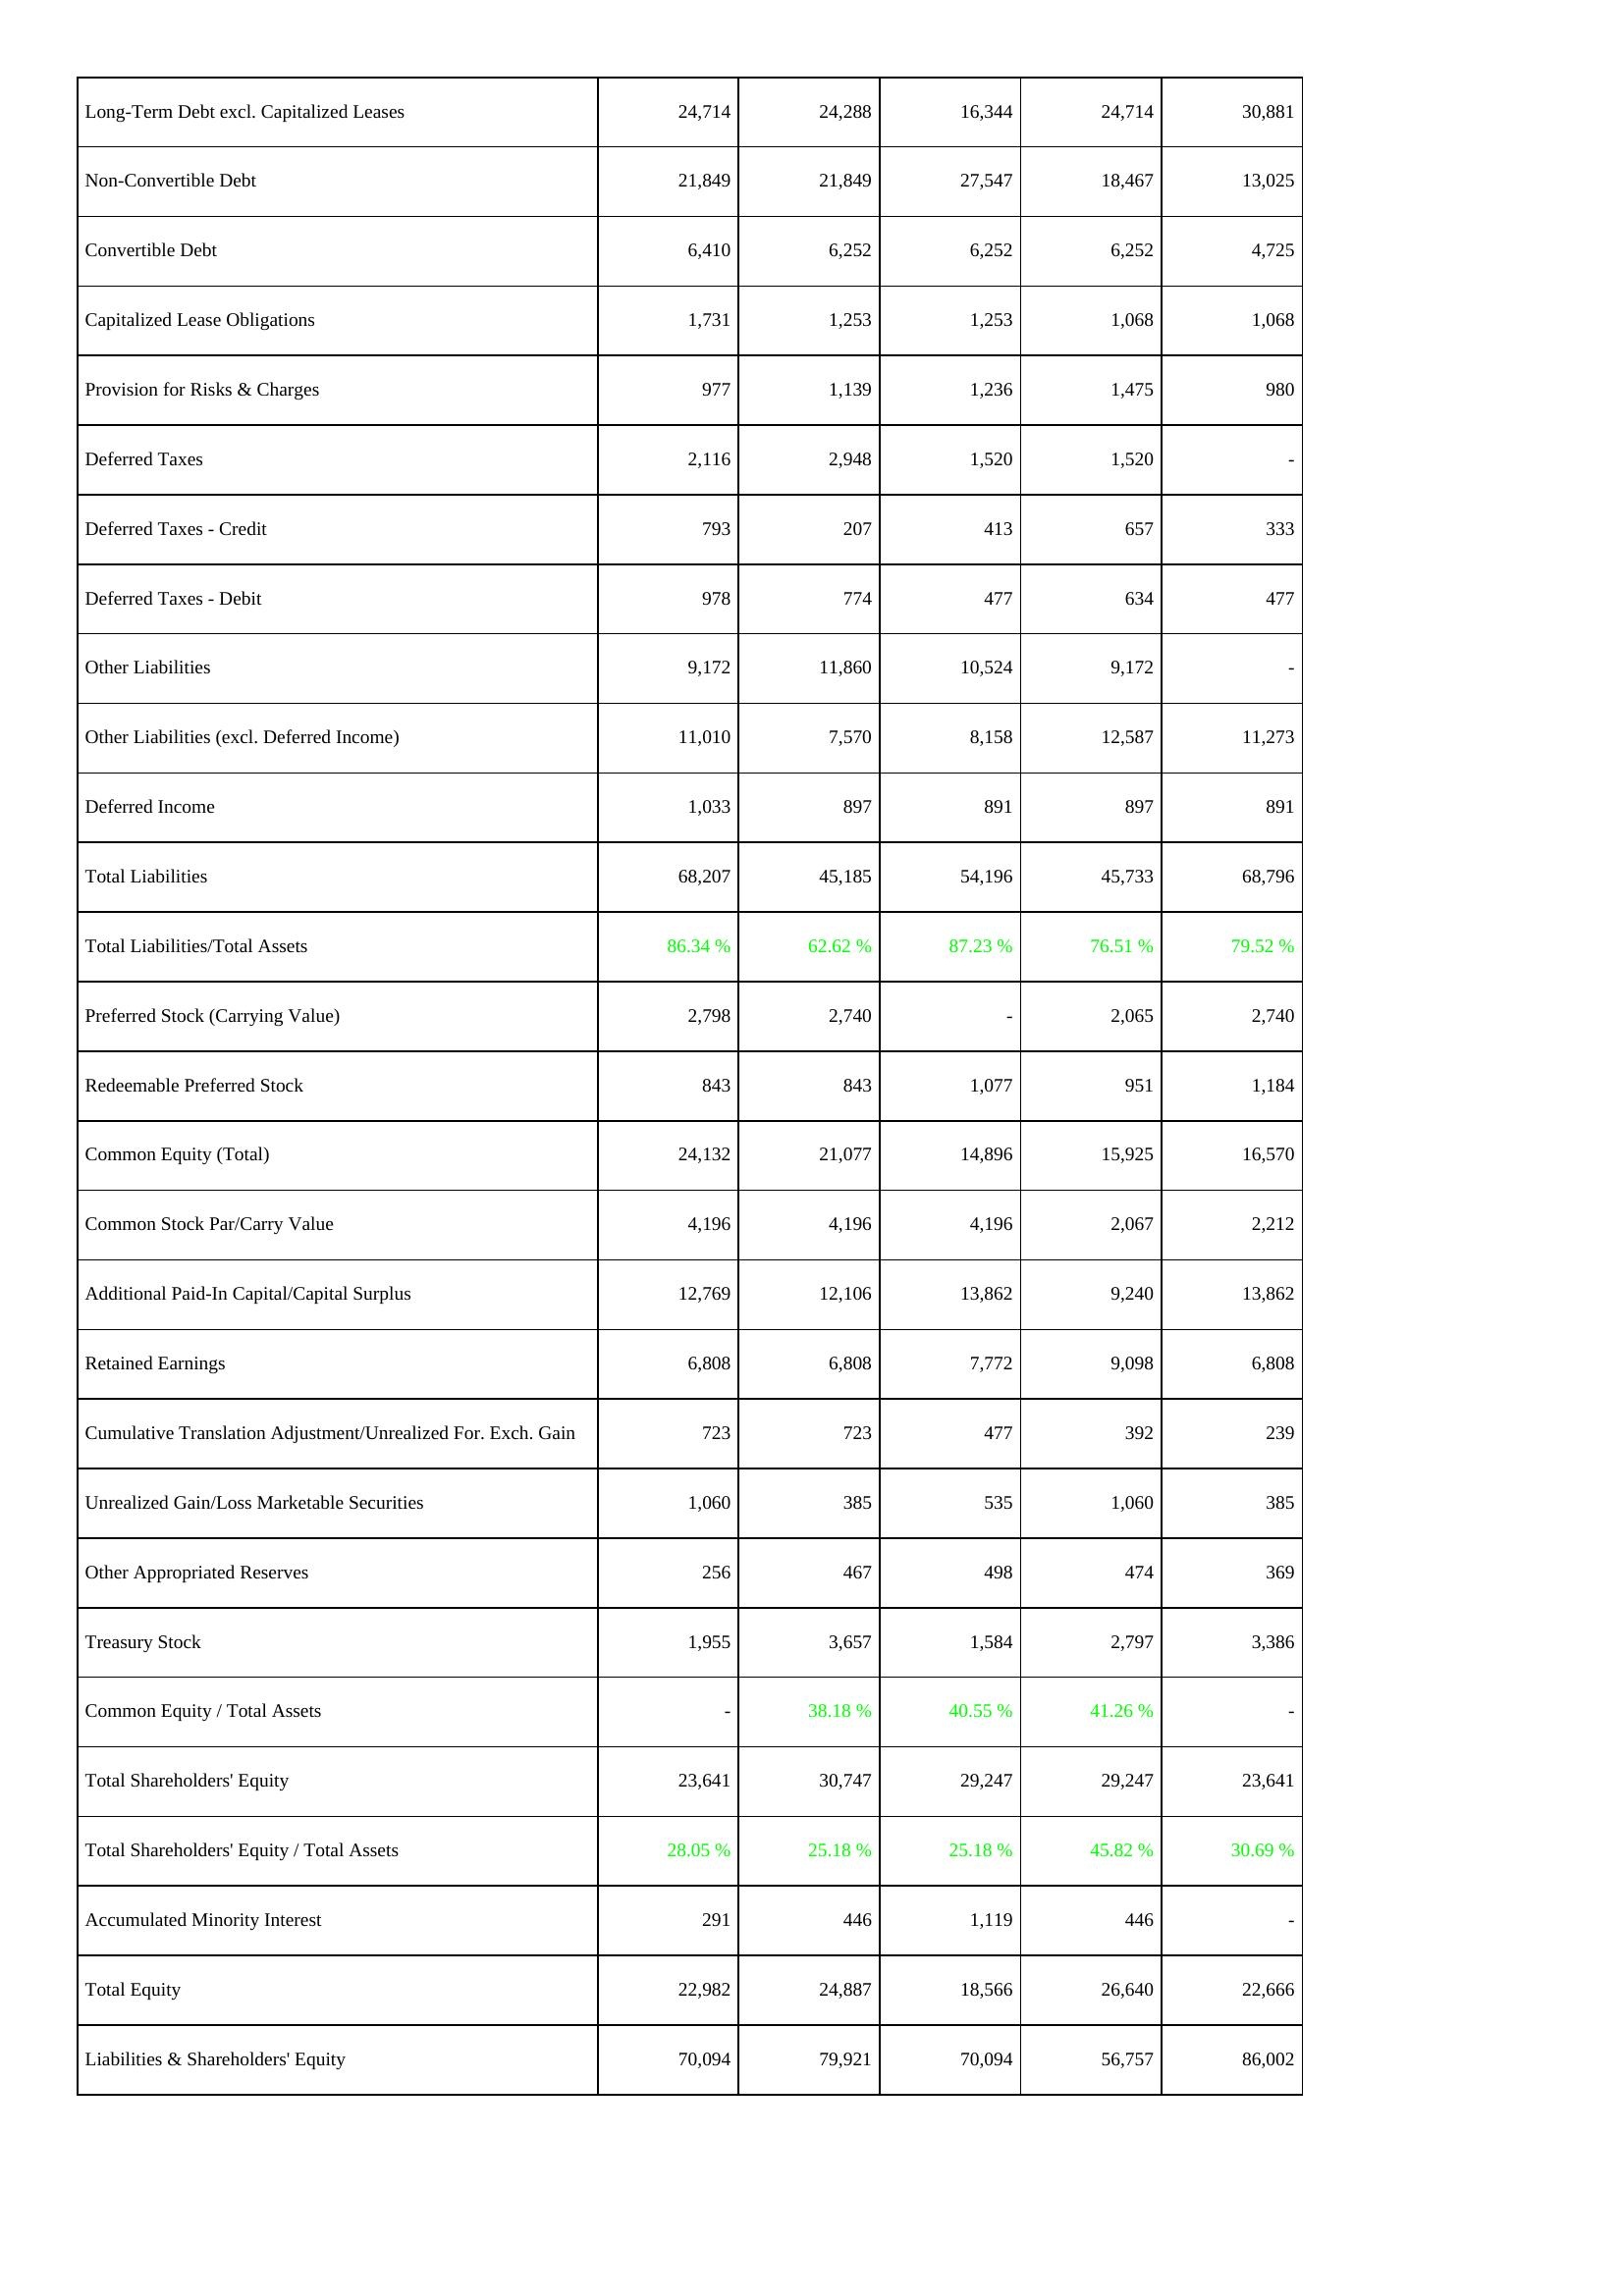
2009: Liabilities & Shareholders' Equity: Long-Term Debt excl. Capitalized Leases: 24,714
Non-Convertible Debt: 21,849
Convertible Debt: 6,410
Capitalized Lease Obligations: 1,731
Provision for Risks & Charges: 977
Deferred Taxes: 2,116
Deferred Taxes - Credit: 793
Deferred Taxes - Debit: 978
Other Liabilities: 9,172
Other Liabilities (excl. Deferred Income): 11,010
Deferred Income: 1,033
Total Liabilities: 68,207
Total Liabilities/Total Assets: 86.34 %
Preferred Stock (Carrying Value): 2,798
Redeemable Preferred Stock: 843
Common Equity (Total): 24,132
Common Stock Par/Carry Value: 4,196
Additional Paid-In Capital/Capital Surplus: 12,769
Retained Earnings: 6,808
Cumulative Translation Adjustment/Unrealized For. Exch. Gain: 723
Unrealized Gain/Loss Marketable Securities: 1,060
Other Appropriated Reserves: 256
Treasury Stock: 1,955
Common Equity / Total Assets: -
Total Shareholders' Equity: 23,641
Total Shareholders' Equity / Total Assets: 28.05 %
Accumulated Minority Interest: 291
Total Equity: 22,982
Liabilities & Shareholders' Equity: 70,094
2008: Liabilities & Shareholders' Equity: Long-Term Debt excl. Capitalized Leases: 24,288
Non-Convertible Debt: 21,849
Convertible Debt: 6,252
Capitalized Lease Obligations: 1,253
Provision for Risks & Charges: 1,139
Deferred Taxes: 2,948
Deferred Taxes - Credit: 207
Deferred Taxes - Debit: 774
Other Liabilities: 11,860
Other Liabilities (excl. Deferred Income): 7,570
Deferred Income: 897
Total Liabilities: 45,185
Total Liabilities/Total Assets: 62.62 %
Preferred Stock (Carrying Value): 2,740
Redeemable Preferred Stock: 843
Common Equity (Total): 21,077
Common Stock Par/Carry Value: 4,196
Additional Paid-In Capital/Capital Surplus: 12,106
Retained Earnings: 6,808
Cumulative Translation Adjustment/Unrealized For. Exch. Gain: 723
Unrealized Gain/Loss Marketable Securities: 385
Other Appropriated Reserves: 467
Treasury Stock: 3,657
Common Equity / Total Assets: 38.18 %
Total Shareholders' Equity: 30,747
Total Shareholders' Equity / Total Assets: 25.18 %
Accumulated Minority Interest: 446
Total Equity: 24,887
Liabilities & Shareholders' Equity: 79,921
2007: Liabilities & Shareholders' Equity: Long-Term Debt excl. Capitalized Leases: 16,344
Non-Convertible Debt: 27,547
Convertible Debt: 6,252
Capitalized Lease Obligations: 1,253
Provision for Risks & Charges: 1,236
Deferred Taxes: 1,520
Deferred Taxes - Credit: 413
Deferred Taxes - Debit: 477
Other Liabilities: 10,524
Other Liabilities (excl. Deferred Income): 8,158
Deferred Income: 891
Total Liabilities: 54,196
Total Liabilities/Total Assets: 87.23 %
Preferred Stock (Carrying Value): -
Redeemable Preferred Stock: 1,077
Common Equity (Total): 14,896
Common Stock Par/Carry Value: 4,196
Additional Paid-In Capital/Capital Surplus: 13,862
Retained Earnings: 7,772
Cumulative Translation Adjustment/Unrealized For. Exch. Gain: 477
Unrealized Gain/Loss Marketable Securities: 535
Other Appropriated Reserves: 498
Treasury Stock: 1,584
Common Equity / Total Assets: 40.55 %
Total Shareholders' Equity: 29,247
Total Shareholders' Equity / Total Assets: 25.18 %
Accumulated Minority Interest: 1,119
Total Equity: 18,566
Liabilities & Shareholders' Equity: 70,094
2006: Liabilities & Shareholders' Equity: Long-Term Debt excl. Capitalized Leases: 24,714
Non-Convertible Debt: 18,467
Convertible Debt: 6,252
Capitalized Lease Obligations: 1,068
Provision for Risks & Charges: 1,475
Deferred Taxes: 1,520
Deferred Taxes - Credit: 657
Deferred Taxes - Debit: 634
Other Liabilities: 9,172
Other Liabilities (excl. Deferred Income): 12,587
Deferred Income: 897
Total Liabilities: 45,733
Total Liabilities/Total Assets: 76.51 %
Preferred Stock (Carrying Value): 2,065
Redeemable Preferred Stock: 951
Common Equity (Total): 15,925
Common Stock Par/Carry Value: 2,067
Additional Paid-In Capital/Capital Surplus: 9,240
Retained Earnings: 9,098
Cumulative Translation Adjustment/Unrealized For. Exch. Gain: 392
Unrealized Gain/Loss Marketable Securities: 1,060
Other Appropriated Reserves: 474
Treasury Stock: 2,797
Common Equity / Total Assets: 41.26 %
Total Shareholders' Equity: 29,247
Total Shareholders' Equity / Total Assets: 45.82 %
Accumulated Minority Interest: 446
Total Equity: 26,640
Liabilities & Shareholders' Equity: 56,757
2005: Liabilities & Shareholders' Equity: Long-Term Debt excl. Capitalized Leases: 30,881
Non-Convertible Debt: 13,025
Convertible Debt: 4,725
Capitalized Lease Obligations: 1,068
Provision for Risks & Charges: 980
Deferred Taxes: -
Deferred Taxes - Credit: 333
Deferred Taxes - Debit: 477
Other Liabilities: -
Other Liabilities (excl. Deferred Income): 11,273
Deferred Income: 891
Total Liabilities: 68,796
Total Liabilities/Total Assets: 79.52 %
Preferred Stock (Carrying Value): 2,740
Redeemable Preferred Stock: 1,184
Common Equity (Total): 16,570
Common Stock Par/Carry Value: 2,212
Additional Paid-In Capital/Capital Surplus: 13,862
Retained Earnings: 6,808
Cumulative Translation Adjustment/Unrealized For. Exch. Gain: 239
Unrealized Gain/Loss Marketable Securities: 385
Other Appropriated Reserves: 369
Treasury Stock: 3,386
Common Equity / Total Assets: -
Total Shareholders' Equity: 23,641
Total Shareholders' Equity / Total Assets: 30.69 %
Accumulated Minority Interest: -
Total Equity: 22,666
Liabilities & Shareholders' Equity: 86,002